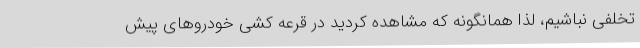
تخلفی نباشیم، لذا همانگونه که مشاهده کردید در قرعه کشی خودروهای پیش